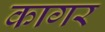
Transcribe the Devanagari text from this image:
कागर